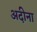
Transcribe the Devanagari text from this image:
अदीना